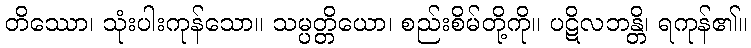
တိဿော၊ သုံးပါးကုန်သော။ သမ္ပတ္တိယော၊ စည်းစိမ်တို့ကို။ ပဋိလဘန္တိ၊ ရကုန်၏။